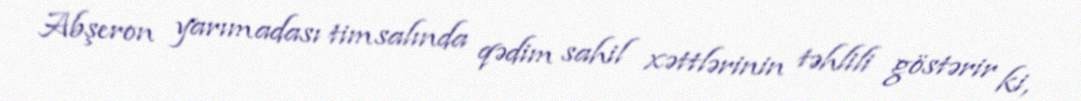
Abşeron yarımadası timsalında qədim sahil xəttlərinin təhlili göstərir ki,